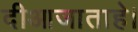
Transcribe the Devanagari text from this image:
दीआजाताहे।